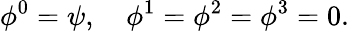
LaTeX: \phi^{0}=\psi,\quad\phi^{1}=\phi^{2}=\phi^{3}=0.